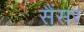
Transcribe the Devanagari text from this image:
सैंसर